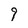
Character: 9